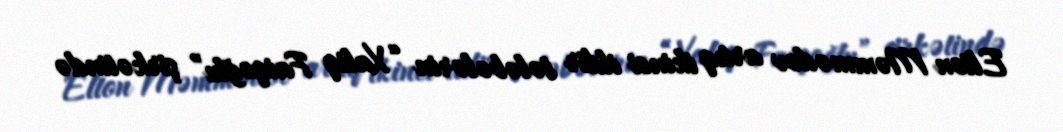
Elton Məmmədov artıq ikinci ildir tələbələrin “Xaliq Faiqoğlu” şirkətində